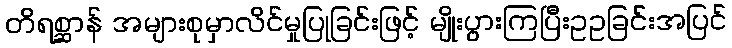
တိရစ္ဆာန် အများစုမှာလိင်မှုပြုခြင်းဖြင့် မျိုးပွားကြပြီးဥဥခြင်းအပြင်